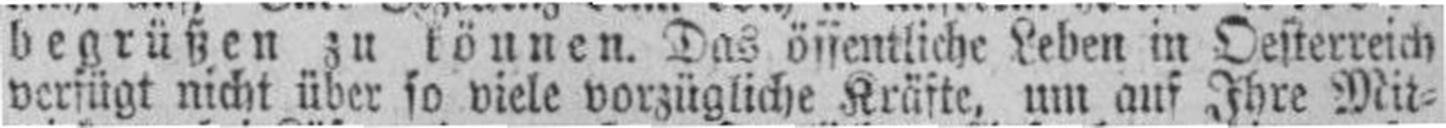
verfügt nicht über so viele vorzügliche Kräfte, um auf Ihre Mit¬